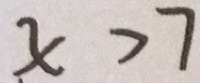
x > 7